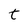
Character: t